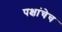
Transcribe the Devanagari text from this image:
पक्षांचेच